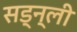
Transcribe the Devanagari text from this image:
सड्न्ली